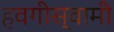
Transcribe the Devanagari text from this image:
हवगीस्वामी